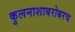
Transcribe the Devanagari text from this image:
कुलनाशाबरोबरच